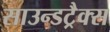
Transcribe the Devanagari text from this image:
साउन्डट्रैक्स